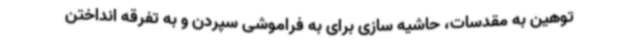
توهین به مقدسات، حاشیه سازی برای به فراموشی سپردن و به تفرقه انداختن